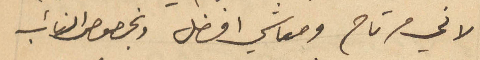
لاني مرتاح ومعاشي افضل وبخصوص النائب